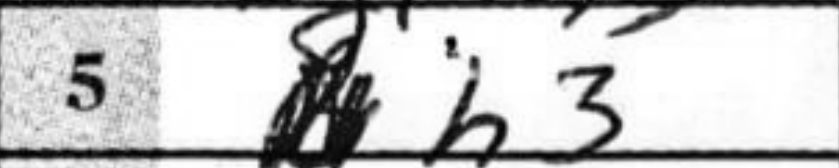
Transcription: h3